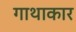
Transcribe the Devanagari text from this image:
गाथाकार